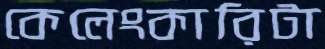
কেলেংকারিটা